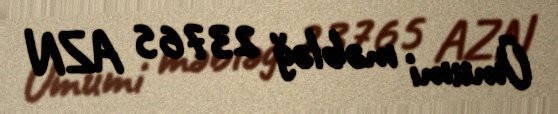
Ümumi məbləğ 23765 AZN